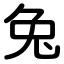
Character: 兔